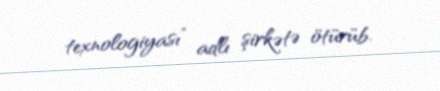
texnologiyası” adlı şirkətə ötürüb.